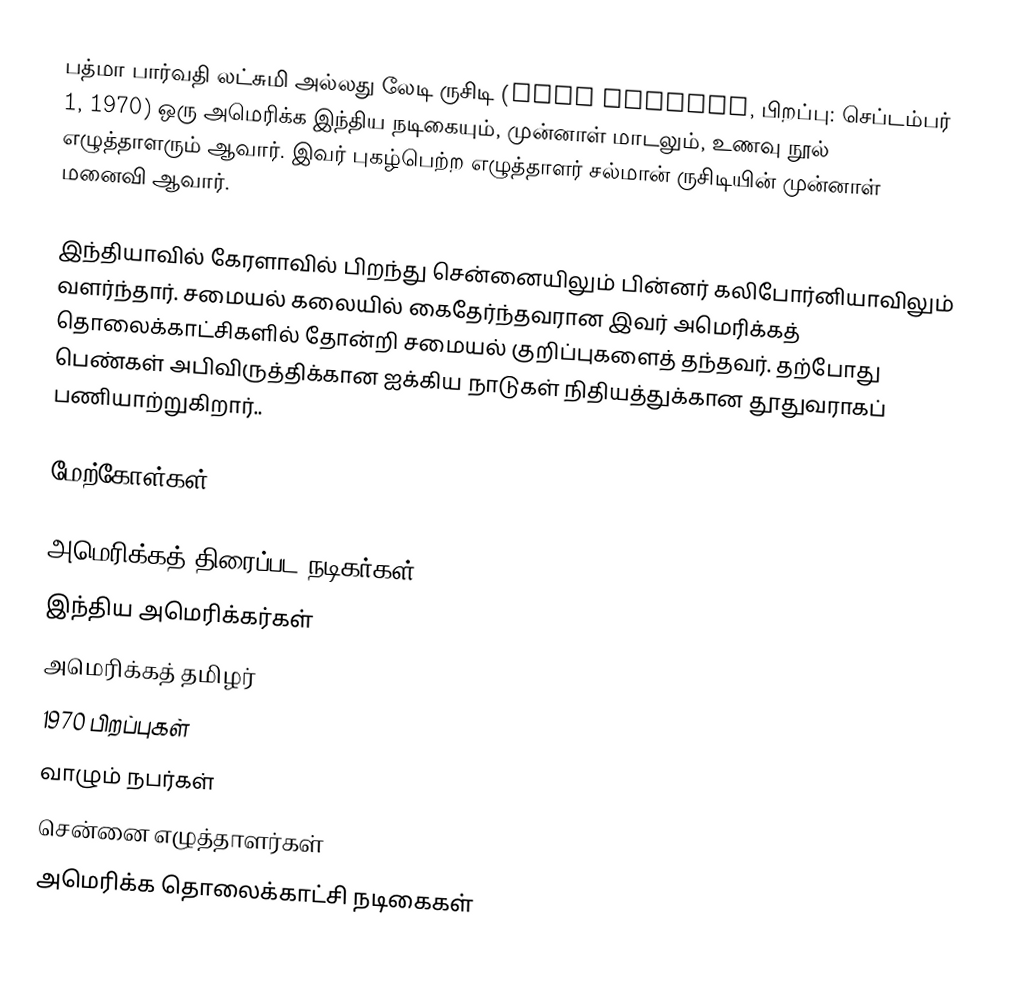
பத்மா பார்வதி லட்சுமி அல்லது லேடி ருசிடி (Lady Rushdie, பிறப்பு: செப்டம்பர் 1, 1970) ஒரு அமெரிக்க இந்திய நடிகையும், முன்னாள் மாடலும், உணவு நூல் எழுத்தாளரும் ஆவார். இவர் புகழ்பெற்ற எழுத்தாளர் சல்மான் ருசிடியின் முன்னாள் மனைவி ஆவார்.

இந்தியாவில் கேரளாவில் பிறந்து சென்னையிலும் பின்னர் கலிபோர்னியாவிலும் வளர்ந்தார். சமையல் கலையில் கைதேர்ந்தவரான இவர் அமெரிக்கத் தொலைக்காட்சிகளில் தோன்றி சமையல் குறிப்புகளைத் தந்தவர். தற்போது பெண்கள் அபிவிருத்திக்கான ஐக்கிய நாடுகள் நிதியத்துக்கான தூதுவராகப் பணியாற்றுகிறார்..

மேற்கோள்கள்

அமெரிக்கத் திரைப்பட நடிகர்கள்
இந்திய அமெரிக்கர்கள்
அமெரிக்கத் தமிழர்
1970 பிறப்புகள்
வாழும் நபர்கள்
சென்னை எழுத்தாளர்கள்
அமெரிக்க தொலைக்காட்சி நடிகைகள்